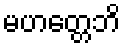
မဟတ္တေဘိ